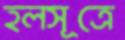
হলসূত্রে